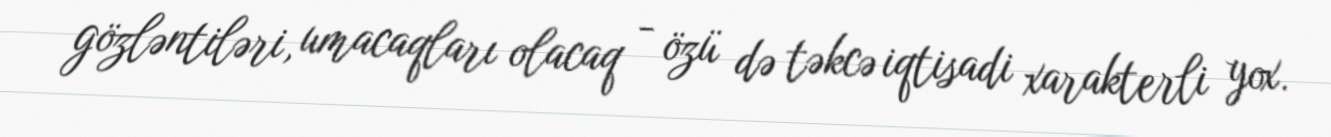
gözləntiləri, umacaqları olacaq - özü də təkcə iqtisadi xarakterli yox.